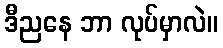
ဒီညနေ ဘာ လုပ်မှာလဲ။